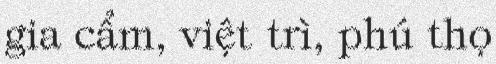
gia cẩm, việt trì, phú thọ